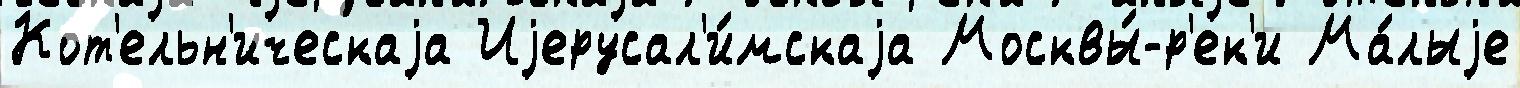
Кот'ельн'ическаjа Иjерусал'и́мскаjа Москвы́-р'ек'и Ма́лыjе